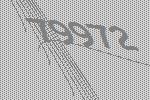
79972